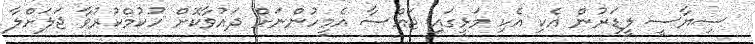
ސިޔާސީ ލީޑަރުން އެކި އެކި މަޅީގައި ޖައްސާ އެމީހުންނަށް ދައުވާކޮށް ހުކުމްކުރުވާ ޖަލަށްލާ